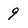
Character: 9